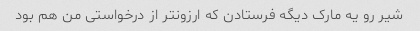
شیر رو یه مارک دیگه فرستادن که ارزونتر از درخواستی من هم بود